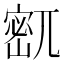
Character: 𫳹